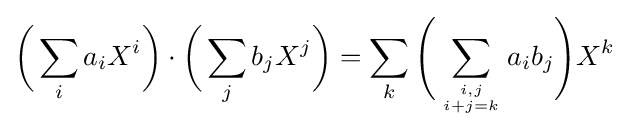
{\bigg (}\sum _{i}a_{i}X^{i}{\bigg )}\cdot {\bigg (}\sum _{j}b_{j}X^{j}{\bigg )}=\sum _{k}{\Bigg (}\sum _{i,j \atop i+j=k}a_{i}b_{j}{\Bigg )}X^{k}